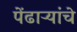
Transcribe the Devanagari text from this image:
पेंढाऱ्यांचे